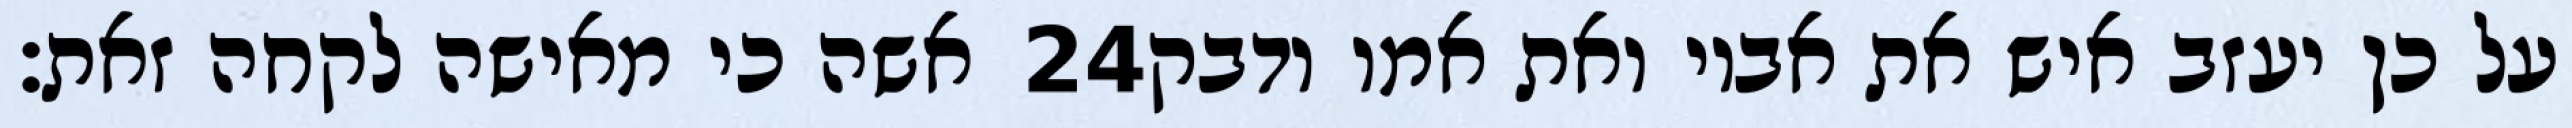
אשה כי מאישה לקחה זאת׃ ‎24‏ על כן יעזב איש את אביו ואת אמו ודבק